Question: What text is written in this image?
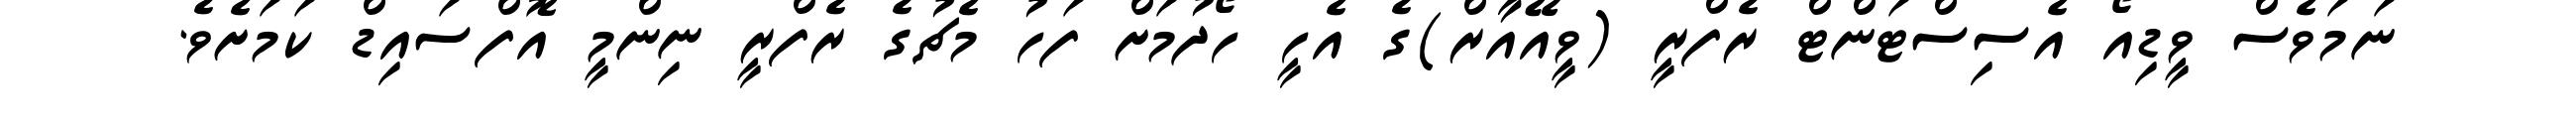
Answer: ނަމަވެސް ވީޑިއޯ އެސިސްޓަންޓް ރެފްރީ (ވީއޭއާރް)ގެ އެހީ ހޯދުމަށް ފަހު މެޗުގެ ރެފްރީ ނިންމީ އޮފްސައިޑް ކަމަށެވެ.